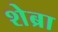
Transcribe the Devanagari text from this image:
शेब्रा